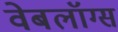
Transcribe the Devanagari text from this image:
वेबलॉग्स